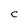
Character: C